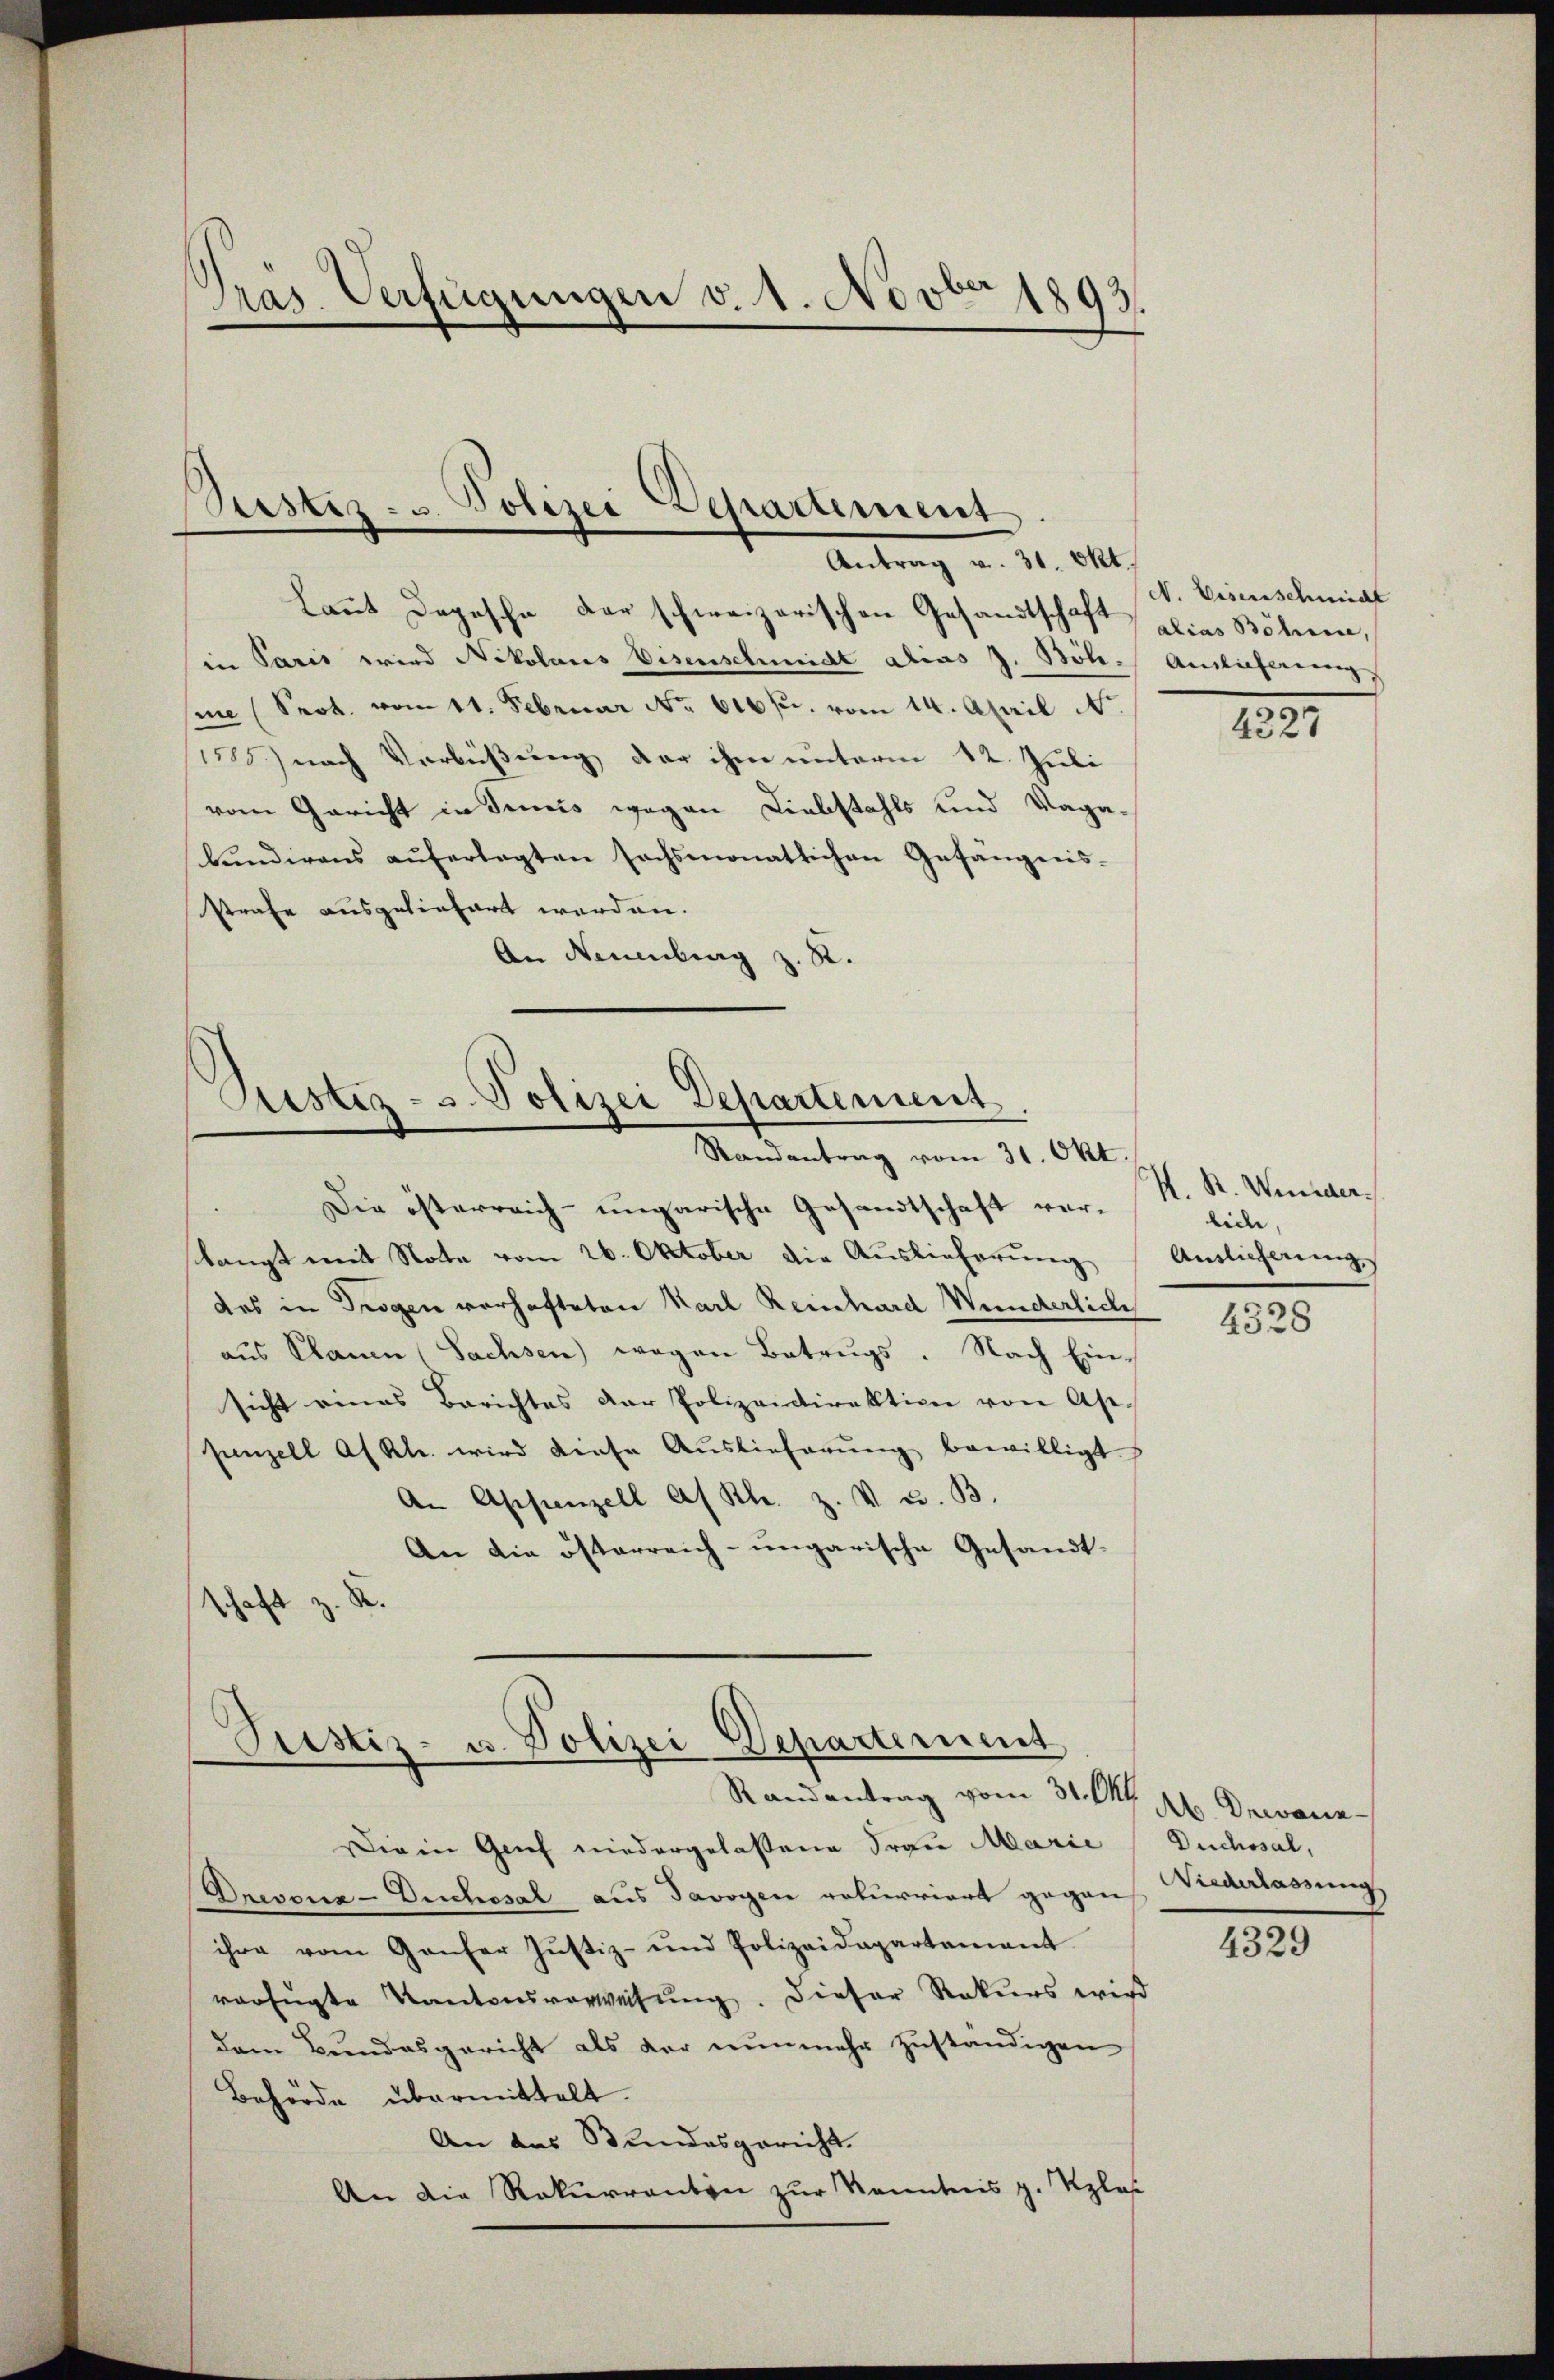
Pras. Verfügungen v. 1. Nov. 1893.

Pustiz- u. Polizei Departement
Antrag v. 31. Okt.

Laut Depesche der schweizerischen Gesandtschaft, alias Böhmen,
in Paris wird Nikolaus Eisenschmidt alias J. Böh. Antlicherung,
sie (Srot. vom 11. Februar No. 616 f. vom 14. April Nr.
1) nach Verbüßung der ihm unterm 12. Juli
vom Gericht in Junis wegen Liebstahls und Vaga-
kundirens auferlegten sechsmonatlichen Gefängnis-
strafe ausgeliefert werden.
An Neuenburg z. R.

Astiz- u. Polizei Departement
Randantrag vom 31. Okt

Die österreich-ungarische Gesandtschaft ver-
slangt mit Note vom 26. Oktober die Auslieferung
das in Trogen vorhafteten Karl Reinhard Wunderlich
aus Planen (Sachsen) wegen Betrugs. Nach Einsicht eines Berichtes der Polizeidirektion von Ase
penzell Af Kl. wird diese Auslieferŭng bewilligt.
An Appenzell a. Rh. z. V. u. B.
An die österreich-ungarische Gesandt-
schaft z. R.

Justiz- u. Polizei Departement
Randantrag vom 31. Okt. 16. Drevanz
Die in Grief niedergelassene Frau Marie

Drevoua-Duchosal aus Savoyen rekurriert gegen Niederlassung
ihre vom Ganfer Justiz- und Polizeidepartamant
verfügte Kantonsverweisung. Dieser Rekurs wird
dem Bundesgericht als der nunmehr zuständigen
Behörde übermittelt.
An das Stundesgericht.
An die Rekurrentin zur Kenntnis g. Klas

N. Eisenschmidl

4227

M. R. Weider
lide
Auslicherung

4328

Duchssal,

4329